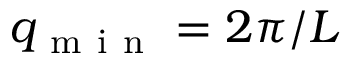
q _ { \mathrm { ~ m ~ i ~ n ~ } } = 2 \pi / L